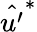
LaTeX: \hat{u^{\prime}}^{*}